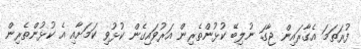
ފުރަތަމަ އެގާރައިން ޖާގަ ނުލިބޭ ކުޅުންތެރިން އަރުވައިގެން ކުޅުވި ކަމަށާއި އެ ކުޅުންތެރިން